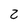
Character: 2